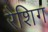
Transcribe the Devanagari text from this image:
रैशिग